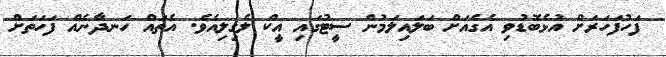
ފަހުފަހަރަށް އުޅެބޮޑުވި އެގެއަށް ބަލައިލަމުން ސީޓުގައި އީކް ލެގިލިއެވެ. އެތައް ހަނދާނެއް ފަހަތަށް